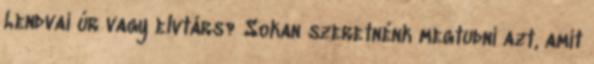
Lendvai úr vagy elvtárs? Sokan szeretnénk megtudni azt, amit